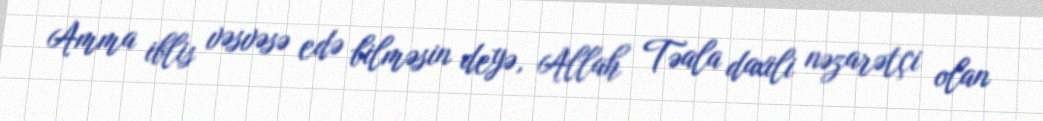
Amma iblis vəsvəsə edə bilməsin deyə, Allah Təala daxili nəzarətçi olan